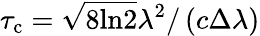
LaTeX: \tau_{\mathrm{c}}=\sqrt{8\mathrm{ln2}}\lambda^{2}/\left(c\Delta\lambda\right)